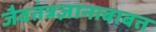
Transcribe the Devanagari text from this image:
जैवतंत्रज्ञानाबाबत